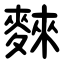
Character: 麳